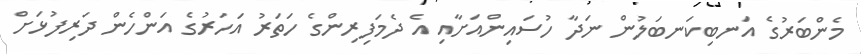
މެންބަރުގެ އަނބިކަނބަލުން ނަދާ ހުސައިންއަށާއި އެ ދެމަފިރިންގެ ހަތަރު އަހަރުގެ އަންހެން ދަރިފުޅަށް